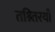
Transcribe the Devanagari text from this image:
तश्र्तिरयाँ